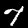
Label: 7